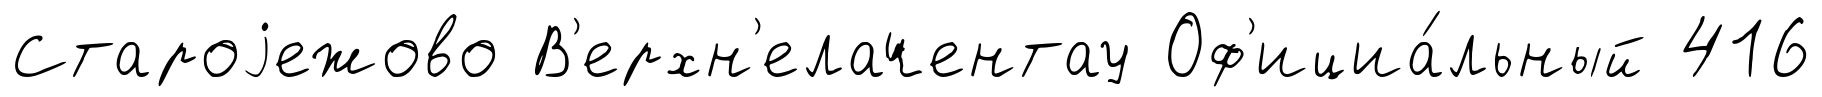
Староjежово В'ерхн'елачентау Оф'ициа́льный 416